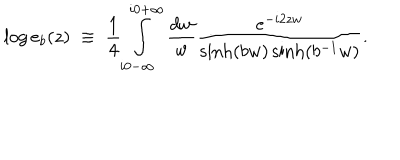
\log e _ { b } ( z ) \; \equiv \; \frac { 1 } { 4 } \int _ { i 0 - \infty } ^ { i 0 + \infty } \frac { d w } { w } \frac { e ^ { - i 2 z w } } { \sinh ( b w ) \sinh ( b ^ { - 1 } w ) } .